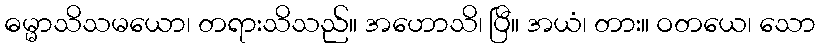
ဓမ္မာသိသမယော၊ တရားသိသည်။ အဟောသိ၊ ပြီ။ အယံ၊ တား။ ဝတယေ၊ သော